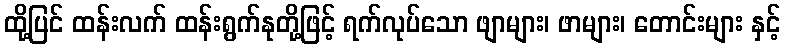
ထို့ပြင် ထန်းလက် ထန်းရွက်နုတို့ဖြင့် ရက်လုပ်သော ဖျာများ၊ ဖာများ၊ တောင်းများ နှင့်